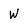
Character: W